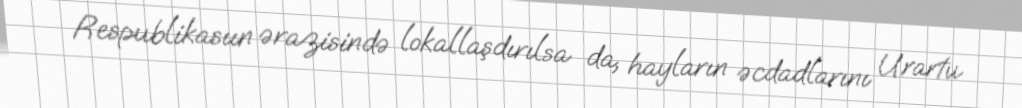
Respublikasıın ərazisində lokallaşdırılsa da, hayların əcdadlarını Urartu